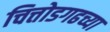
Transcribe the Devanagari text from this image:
चित्तोडगढच्या